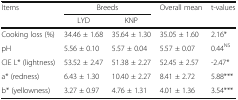
<table><thead><tr><td rowspan="2"><b>Items</b></td><td colspan="2"><b>Breeds</b></td><td rowspan="2"><b>Overall mean</b></td><td rowspan="2"><b>t-values</b></td></tr><tr><td><b>LYD</b></td><td><b>KNP</b></td></tr></thead><tbody><tr><td>Cooking loss (%)</td><td>34.46 ± 1.68</td><td>35.64 ± 1.30</td><td>35.05 ± 1.60</td><td>2.16*</td></tr><tr><td>pH</td><td>5.56 ± 0.10</td><td>5.57 ± 0.04</td><td>5.57 ± 0.07</td><td>0.44<sup>NS</sup></td></tr><tr><td>CIE L* (lightness)</td><td>53.52 ± 2.47</td><td>51.38 ± 2.27</td><td>52.45 ± 2.57</td><td>-2.47*</td></tr><tr><td>a* (redness)</td><td>6.43 ± 1.30</td><td>10.40 ± 2.27</td><td>8.41 ± 2.72</td><td>5.88***</td></tr><tr><td>b* (yellowness)</td><td>3.27 ± 0.97</td><td>4.76 ± 1.31</td><td>4.01 ± 1.36</td><td>3.54***</td></tr></tbody></table>